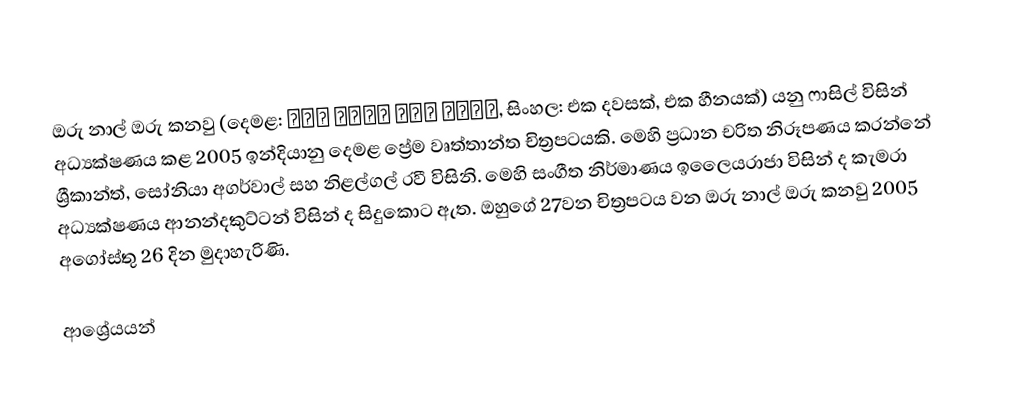
ඔරු නාල් ඔරු කනවු (දෙමළ: ஒரு நாள் ஒரு கனவு, සිංහල: එක දවසක්, එක හීනයක්) යනු ෆාසිල් විසින් අධ්‍යක්ෂණය කළ 2005 ඉන්දියානු දෙමළ ප්‍රේම වෘත්තාන්ත චිත්‍රපටයකි. මෙහි ප්‍රධාන චරිත නිරූපණය කරන්නේ ශ්‍රීකාන්ත්, සෝනියා අගර්වාල් සහ නිළල්ගල් රවී විසිනි. මෙහි සංගීත නිර්මාණය ඉලෛයරාජා විසින් ද කැමරා අධ්‍යක්ෂණය ආනන්දකුට්ටන් විසින් ද සිදුකොට ඇත. ඔහුගේ 27වන චිත්‍රපටය වන  ඔරු නාල් ඔරු කනවු 2005 අගෝස්තු 26 දින මුදාහැරිණි.

ආශ්‍රේයයන්